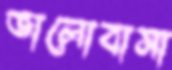
ভালোবাসা